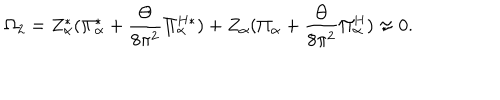
LaTeX: \Omega _ { 2 } = Z _ { \alpha } ^ { * } ( \Pi _ { \alpha } ^ { * } + \frac { \Theta } { 8 \pi ^ { 2 } } \Pi _ { \alpha } ^ { H * } ) + Z _ { \alpha } ( \Pi _ { \alpha } + \frac { \Theta } { 8 \pi ^ { 2 } } \Pi _ { \alpha } ^ { H } ) \approx 0 .